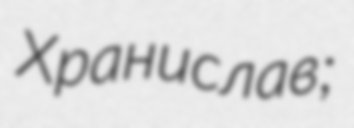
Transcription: Хранислав;